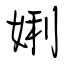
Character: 娳